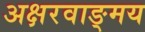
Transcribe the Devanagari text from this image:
अक्षरवाङ्मय